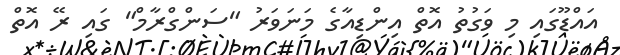
އައްޑޫގައި މި ވަގުތު އޮތް އިންޑިއާގެ މަނަވަރު "ސަންގްރާމް" ގައި ރޭ އޮތް